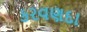
કરવણદા